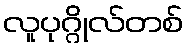
လူပုဂ္ဂိုလ်တစ်